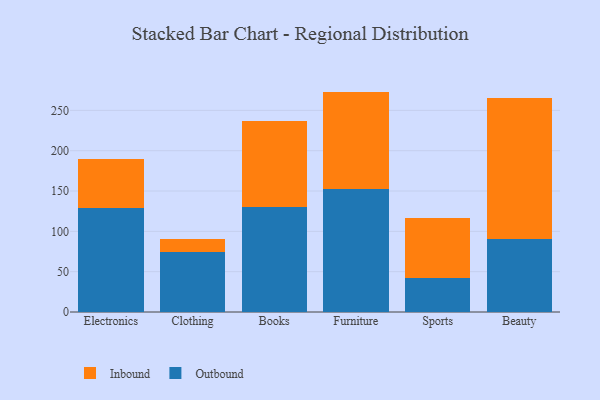
{"axis": {"x": "Category", "y": "Temperature (°C)"}, "legend": ["Inbound", "Outbound"], "data": [{"x": "Electronics", "y": 128.4, "type": "Outbound"}, {"x": "Electronics", "y": 61.0, "type": "Inbound"}, {"x": "Clothing", "y": 74.0, "type": "Outbound"}, {"x": "Clothing", "y": 16.5, "type": "Inbound"}, {"x": "Books", "y": 130.1, "type": "Outbound"}, {"x": "Books", "y": 107.3, "type": "Inbound"}, {"x": "Furniture", "y": 152.3, "type": "Outbound"}, {"x": "Furniture", "y": 121.0, "type": "Inbound"}, {"x": "Sports", "y": 42.6, "type": "Outbound"}, {"x": "Sports", "y": 74.3, "type": "Inbound"}, {"x": "Beauty", "y": 90.0, "type": "Outbound"}, {"x": "Beauty", "y": 175.2, "type": "Inbound"}]}